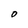
Character: O